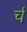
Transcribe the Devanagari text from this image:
र्च